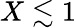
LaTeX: X\lesssim 1